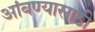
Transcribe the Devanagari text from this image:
आंबण्यासाठी